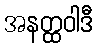
အနတ္ထဝါဒီ